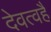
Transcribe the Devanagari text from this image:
देवत्वहै